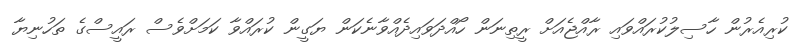
ކުރިއެރުން ހާސިލުކުރައްވައި ރާއްޖެއަށް ރީތިނަން ހޯއްދަވައިދެއްވާނެކަން ޔަގީން ކުރައްވާ ކަމަށްވެސް ރައީސްގެ ތަހުނިޔާ